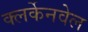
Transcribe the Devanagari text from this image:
क्लर्केनवेल